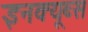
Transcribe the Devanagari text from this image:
इनक्यूब्स